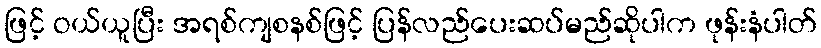
ဖြင့် ဝယ်ယူပြီး အရစ်ကျစနစ်ဖြင့် ပြန်လည်ပေးဆပ်မည်ဆိုပါက ဖုန်းနံပါတ်